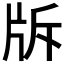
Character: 𤖴